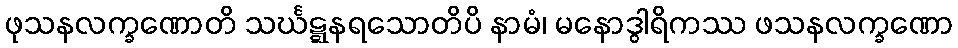
ဖုသနလက္ခဏောတိ သင်္ဃဋ္ဋနရသောတိပိ နာမံ၊ မနောဒွါရိကဿ ဖသနလက္ခဏော